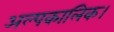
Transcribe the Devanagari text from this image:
अल्पकालिक।